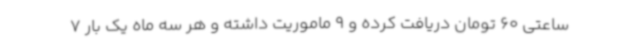
ساعتی 60 تومان دریافت کرده و 9 ماموریت داشته و هر سه ماه یک بار 7